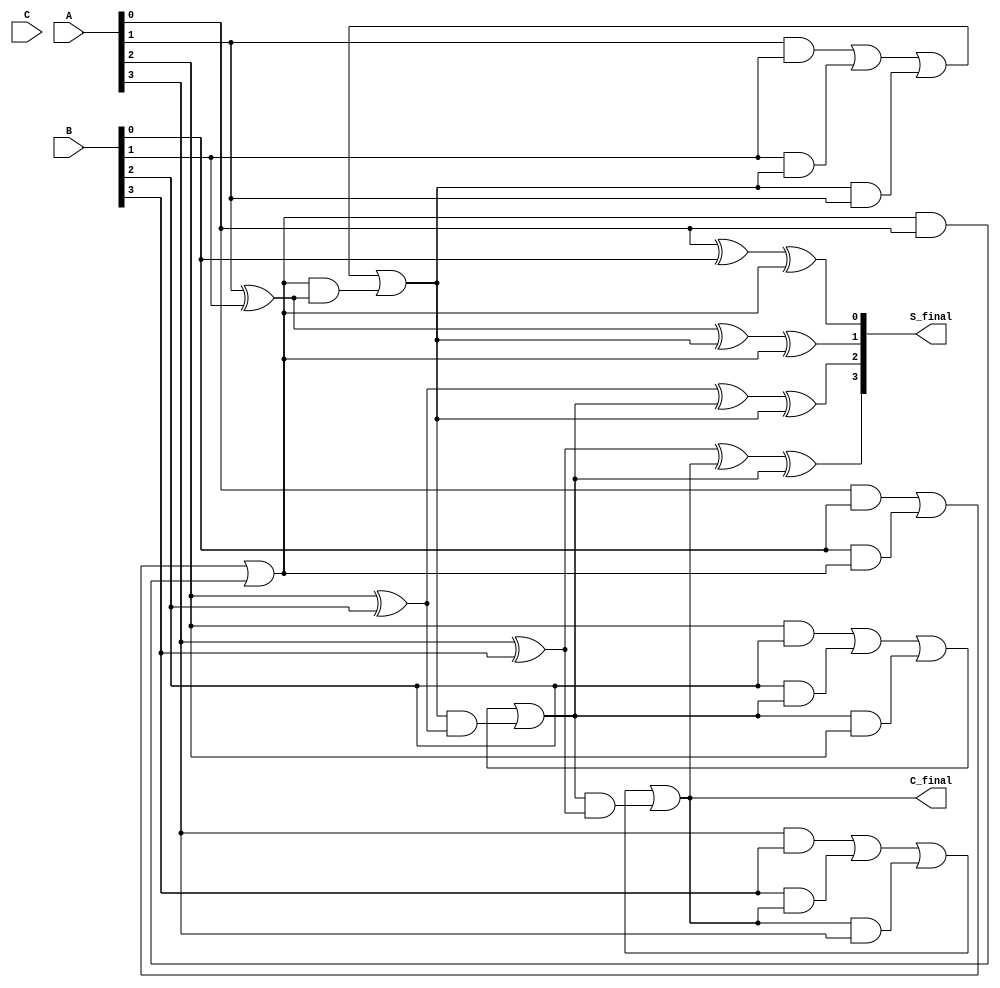
module RippleCarrySaveAdder #(parameter WIDTH = 4) (
    input  [WIDTH-1:0] A,  // First input operand
    input  [WIDTH-1:0] B,  // Second input operand
    input  [WIDTH-1:0] C,  // Third input operand
    output [WIDTH-1:0] S_final, // Final sum output
    output C_final           // Final carry output
);

    // Internal wires for partial sums and carries
    wire [WIDTH-1:0] S; // Partial sums
    wire [WIDTH-1:0] C; // Carry outputs

    // Generate the full adder logic for each bit position
    genvar i;
    generate
        for (i = 0; i < WIDTH; i = i + 1) begin : full_adder
            if (i == 0) begin
                // For the least significant bit (LSB)
                assign S[i] = A[i] ^ B[i] ^ C[i]; // Partial sum
                assign C[i] = (A[i] & B[i]) | (B[i] & C[i]) | (C[i] & A[i]); // Carry
            end else begin
                // For other bits
                assign S[i] = A[i] ^ B[i] ^ C[i] ^ C[i-1]; // Partial sum with carry from previous bit
                assign C[i] = (A[i] & B[i]) | (B[i] & C[i]) | (C[i] & A[i]) | (C[i-1] & (A[i] ^ B[i])); // Carry
            end
        end
    endgenerate

    // Final sum and carry outputs
    assign S_final = S; // Final sum is the partial sum
    assign C_final = C[WIDTH-1]; // Final carry is the carry from the most significant bit

endmodule